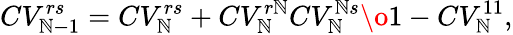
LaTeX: CV_{\mathbb{N}-1}^{rs}=CV_{\mathbb{N}}^{rs}+{CV_{\mathbb{N}}^{r\mathbb{N}}CV_{\mathbb{N}}^{\mathbb{N}s}\o1-CV_{\mathbb{N}}^{11}},